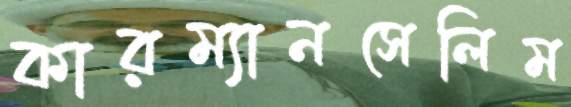
কারম্যানসেলিম